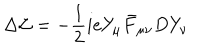
\Delta { \cal L } = - { \frac { 1 } { 2 } } i e Y _ { \mu } \bar { F } _ { \mu \nu } D Y _ { \nu } \,